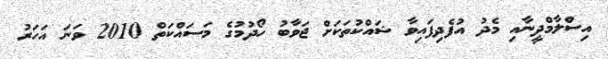
އިސްލާމްދީނާއި މެދު އުފެދިފައިވާ ޝައްކުތަކަށް ޖަވާބު ހޯދުމުގެ މަސައްކަތް 2010 ވަނަ އަހަރު